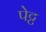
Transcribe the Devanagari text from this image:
पेट्ट